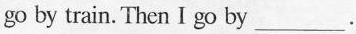
go by train. Then I go by ___.